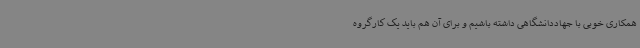
همکاری خوبی با جهاددانشگاهی داشته باشیم و برای آن هم باید یک کارگروه